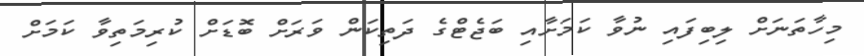
މިހާތަނަށް ލިބިފައި ނުވާ ކަމަށާއި ބަޖެޓްގެ ދަތިކަން ވަރަށް ބޮޑަށް ކުރިމަތިވާ ކަމަށް